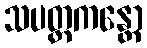
သပတ္တကန္တော